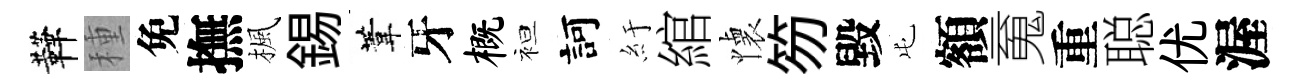
鞾種免撫楓錫葦牙概袒訶紆綰懐笏毀屯額䰟重聪优渥